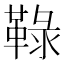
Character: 䩮